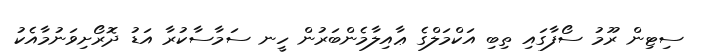
ސިޓިން ރޫމު ސޯފާގައި ތިބި އަކްމަލްގެ ޢާއިލާމެންބަރުން ހީނ ސަމާސާކުރާ އަޑު ދޮރޯށިވަނުމާއެކު